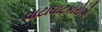
વાટાઘાટકારોએ